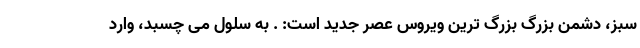
سبز، دشمن بزرگ بزرگ ترین ویروس عصر جدید است: . به سلول می چسبد، وارد